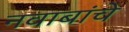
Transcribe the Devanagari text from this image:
नवाबांचे